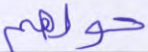
حولهم